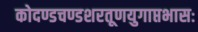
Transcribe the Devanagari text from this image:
कोदण्डचण्डशरतूणयुगाप्तभासः